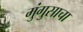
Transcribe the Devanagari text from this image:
मुंगुसाचा